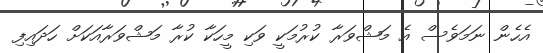
އެހެން ނަމަވެސް އެ މަޝްވަރާ ކުރުމަކީ ވަކި މީހަކާ ކުރާ މަޝްވަރާއަކަށް ހަދައިފި